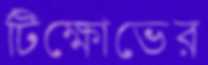
টিক্ষোভের